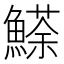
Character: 𩻓